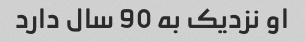
او نزدیک به 90 سال دارد